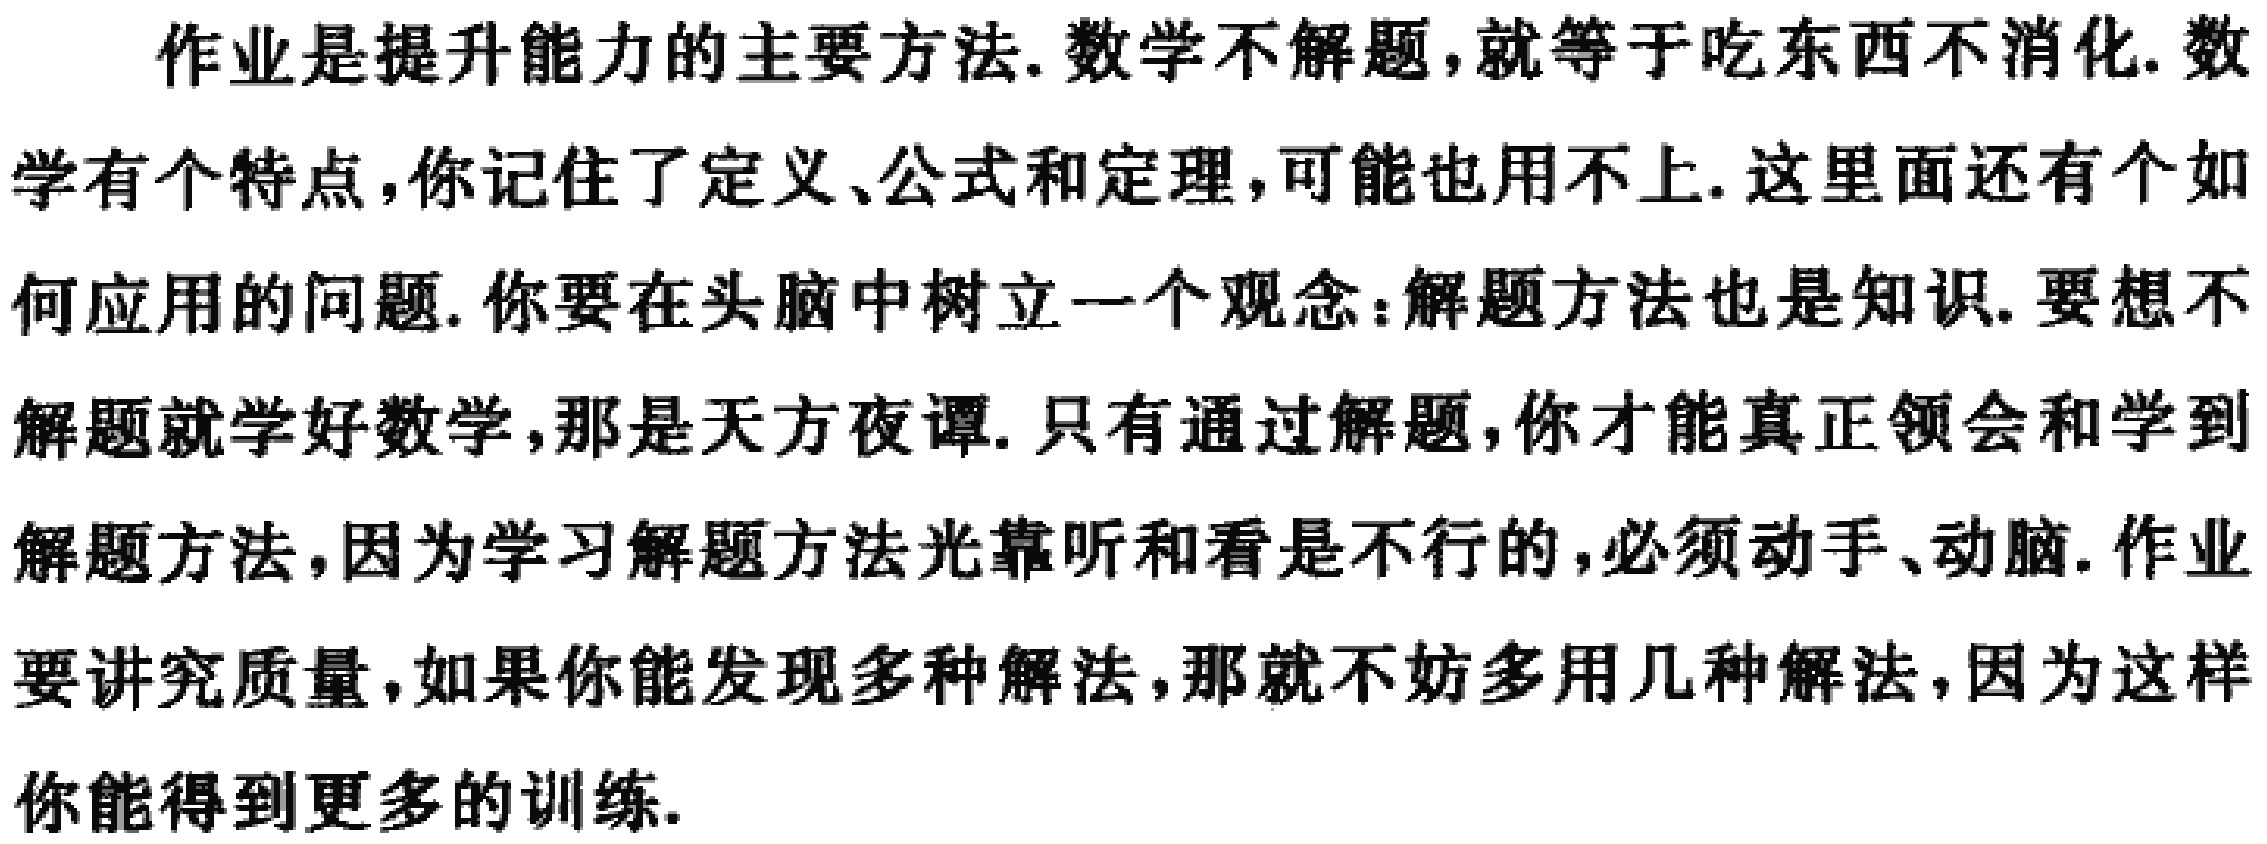
作业是提升能力的主要方法. 数学不解题,就等于吃东西不消化. 数学有个特点,你记住了定义、公式和定理,可能也用不上. 这里面还有个如何应用的问题. 你要在头脑中树立一个观念：解题方法也是知识. 要想不解题就学好数学,那是天方夜谭. 只有通过解题,你才能真正领会和学到解题方法,因为学习解题方法光靠听和看是不行的,必须动手、动脑. 作业要讲究质量,如果你能发现多种解法,那就不妨多用几种解法,因为这样你能得到更多的训练.